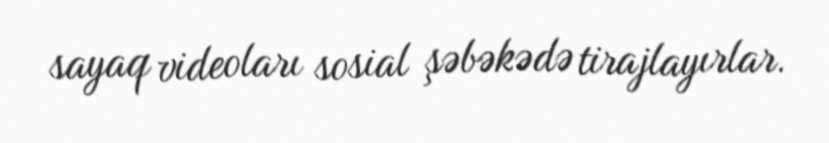
sayaq videoları sosial şəbəkədə tirajlayırlar.